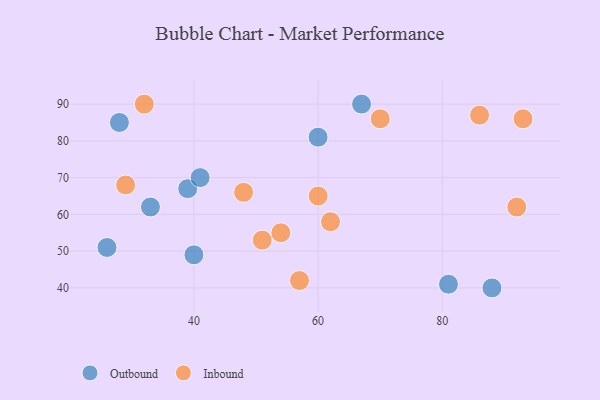
{"axis": {"x": "GDP", "y": "Life Expectancy"}, "legend": ["Inbound", "Outbound"], "data": [{"x": "26", "y": 51, "type": "Outbound"}, {"x": "39", "y": 67, "type": "Outbound"}, {"x": "40", "y": 49, "type": "Outbound"}, {"x": "28", "y": 85, "type": "Outbound"}, {"x": "81", "y": 41, "type": "Outbound"}, {"x": "60", "y": 81, "type": "Outbound"}, {"x": "41", "y": 70, "type": "Outbound"}, {"x": "33", "y": 62, "type": "Outbound"}, {"x": "88", "y": 40, "type": "Outbound"}, {"x": "67", "y": 90, "type": "Outbound"}, {"x": "62", "y": 58, "type": "Inbound"}, {"x": "48", "y": 66, "type": "Inbound"}, {"x": "92", "y": 62, "type": "Inbound"}, {"x": "32", "y": 90, "type": "Inbound"}, {"x": "51", "y": 53, "type": "Inbound"}, {"x": "93", "y": 86, "type": "Inbound"}, {"x": "54", "y": 55, "type": "Inbound"}, {"x": "57", "y": 42, "type": "Inbound"}, {"x": "29", "y": 68, "type": "Inbound"}, {"x": "60", "y": 65, "type": "Inbound"}, {"x": "70", "y": 86, "type": "Inbound"}, {"x": "86", "y": 87, "type": "Inbound"}]}